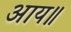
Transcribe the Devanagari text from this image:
आय॥